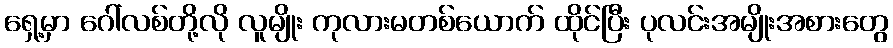
ရှေ့မှာ ဂေါ်လစ်တို့လို လူမျိုး ကုလားမတစ်ယောက် ထိုင်ပြီး ပုလင်းအမျိုးအစားတွေ